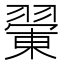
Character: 𦑿